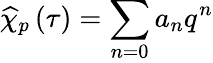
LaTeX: \widehat{\chi}_{p}\left(\tau\right)=\sum_{n=0}a_{n}q^{n}